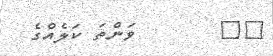
٥٨       ވަންތަ ކަލެއްގެ